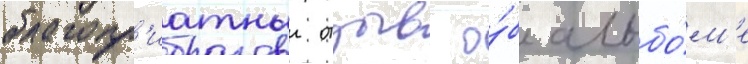
благопр'иатныи отзыв о́б альбо́м'е